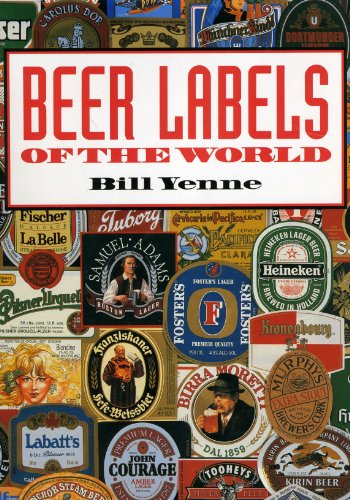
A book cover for Beer Labels of the World; Bill Yenne; Humor & Entertainment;